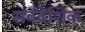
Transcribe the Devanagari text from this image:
सर्वदेशिक